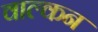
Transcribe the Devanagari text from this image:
वाल्कन